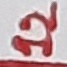
Text: 12